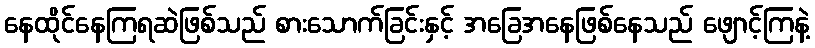
နေထိုင်နေကြရဆဲဖြစ်သည် စားသောက်ခြင်းနှင့် အခြေအနေဖြစ်နေသည် ဖျောင့်ကြနဲ့